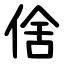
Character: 倽